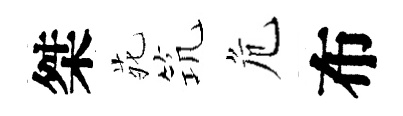
桀𫟍𥬑危布